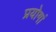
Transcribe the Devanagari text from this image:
प्रयोगां